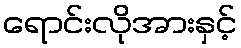
ရောင်းလိုအားနှင့်